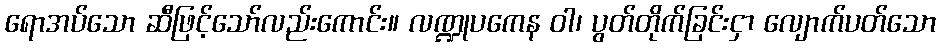
ရောအပ်သော ဆီဖြင့်သော်လည်းကောင်း။ လဏ္ဍုပကေန ဝါ၊ ပွတ်တိုက်ခြင်းငှာ လျောက်ပတ်သော